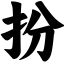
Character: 扮